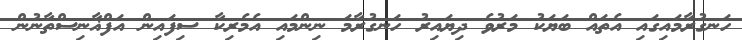
ހަނގުރާމައިގައި އެތައް ބަޔަކު މަރުވެ ދިޔައިރު ހަނގުރާމަ ނިންމައި އެމެރިކާ ސިފައިން އަފްޣާނިސްތާނުން